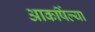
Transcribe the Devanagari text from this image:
आकर्षिल्या